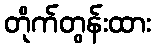
တိုက်တွန်းထား